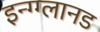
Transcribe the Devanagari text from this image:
इन्ग्ग्लानड